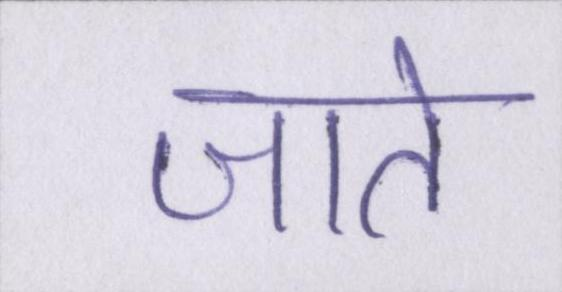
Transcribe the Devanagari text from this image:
जाते